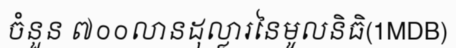
ចំនួន ៧០០លានដុល្លារនៃមូលនិធិ(1MDB)